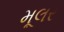
મૂલર